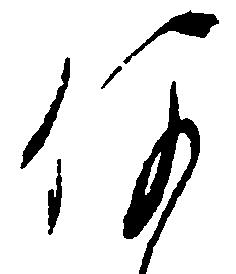
何